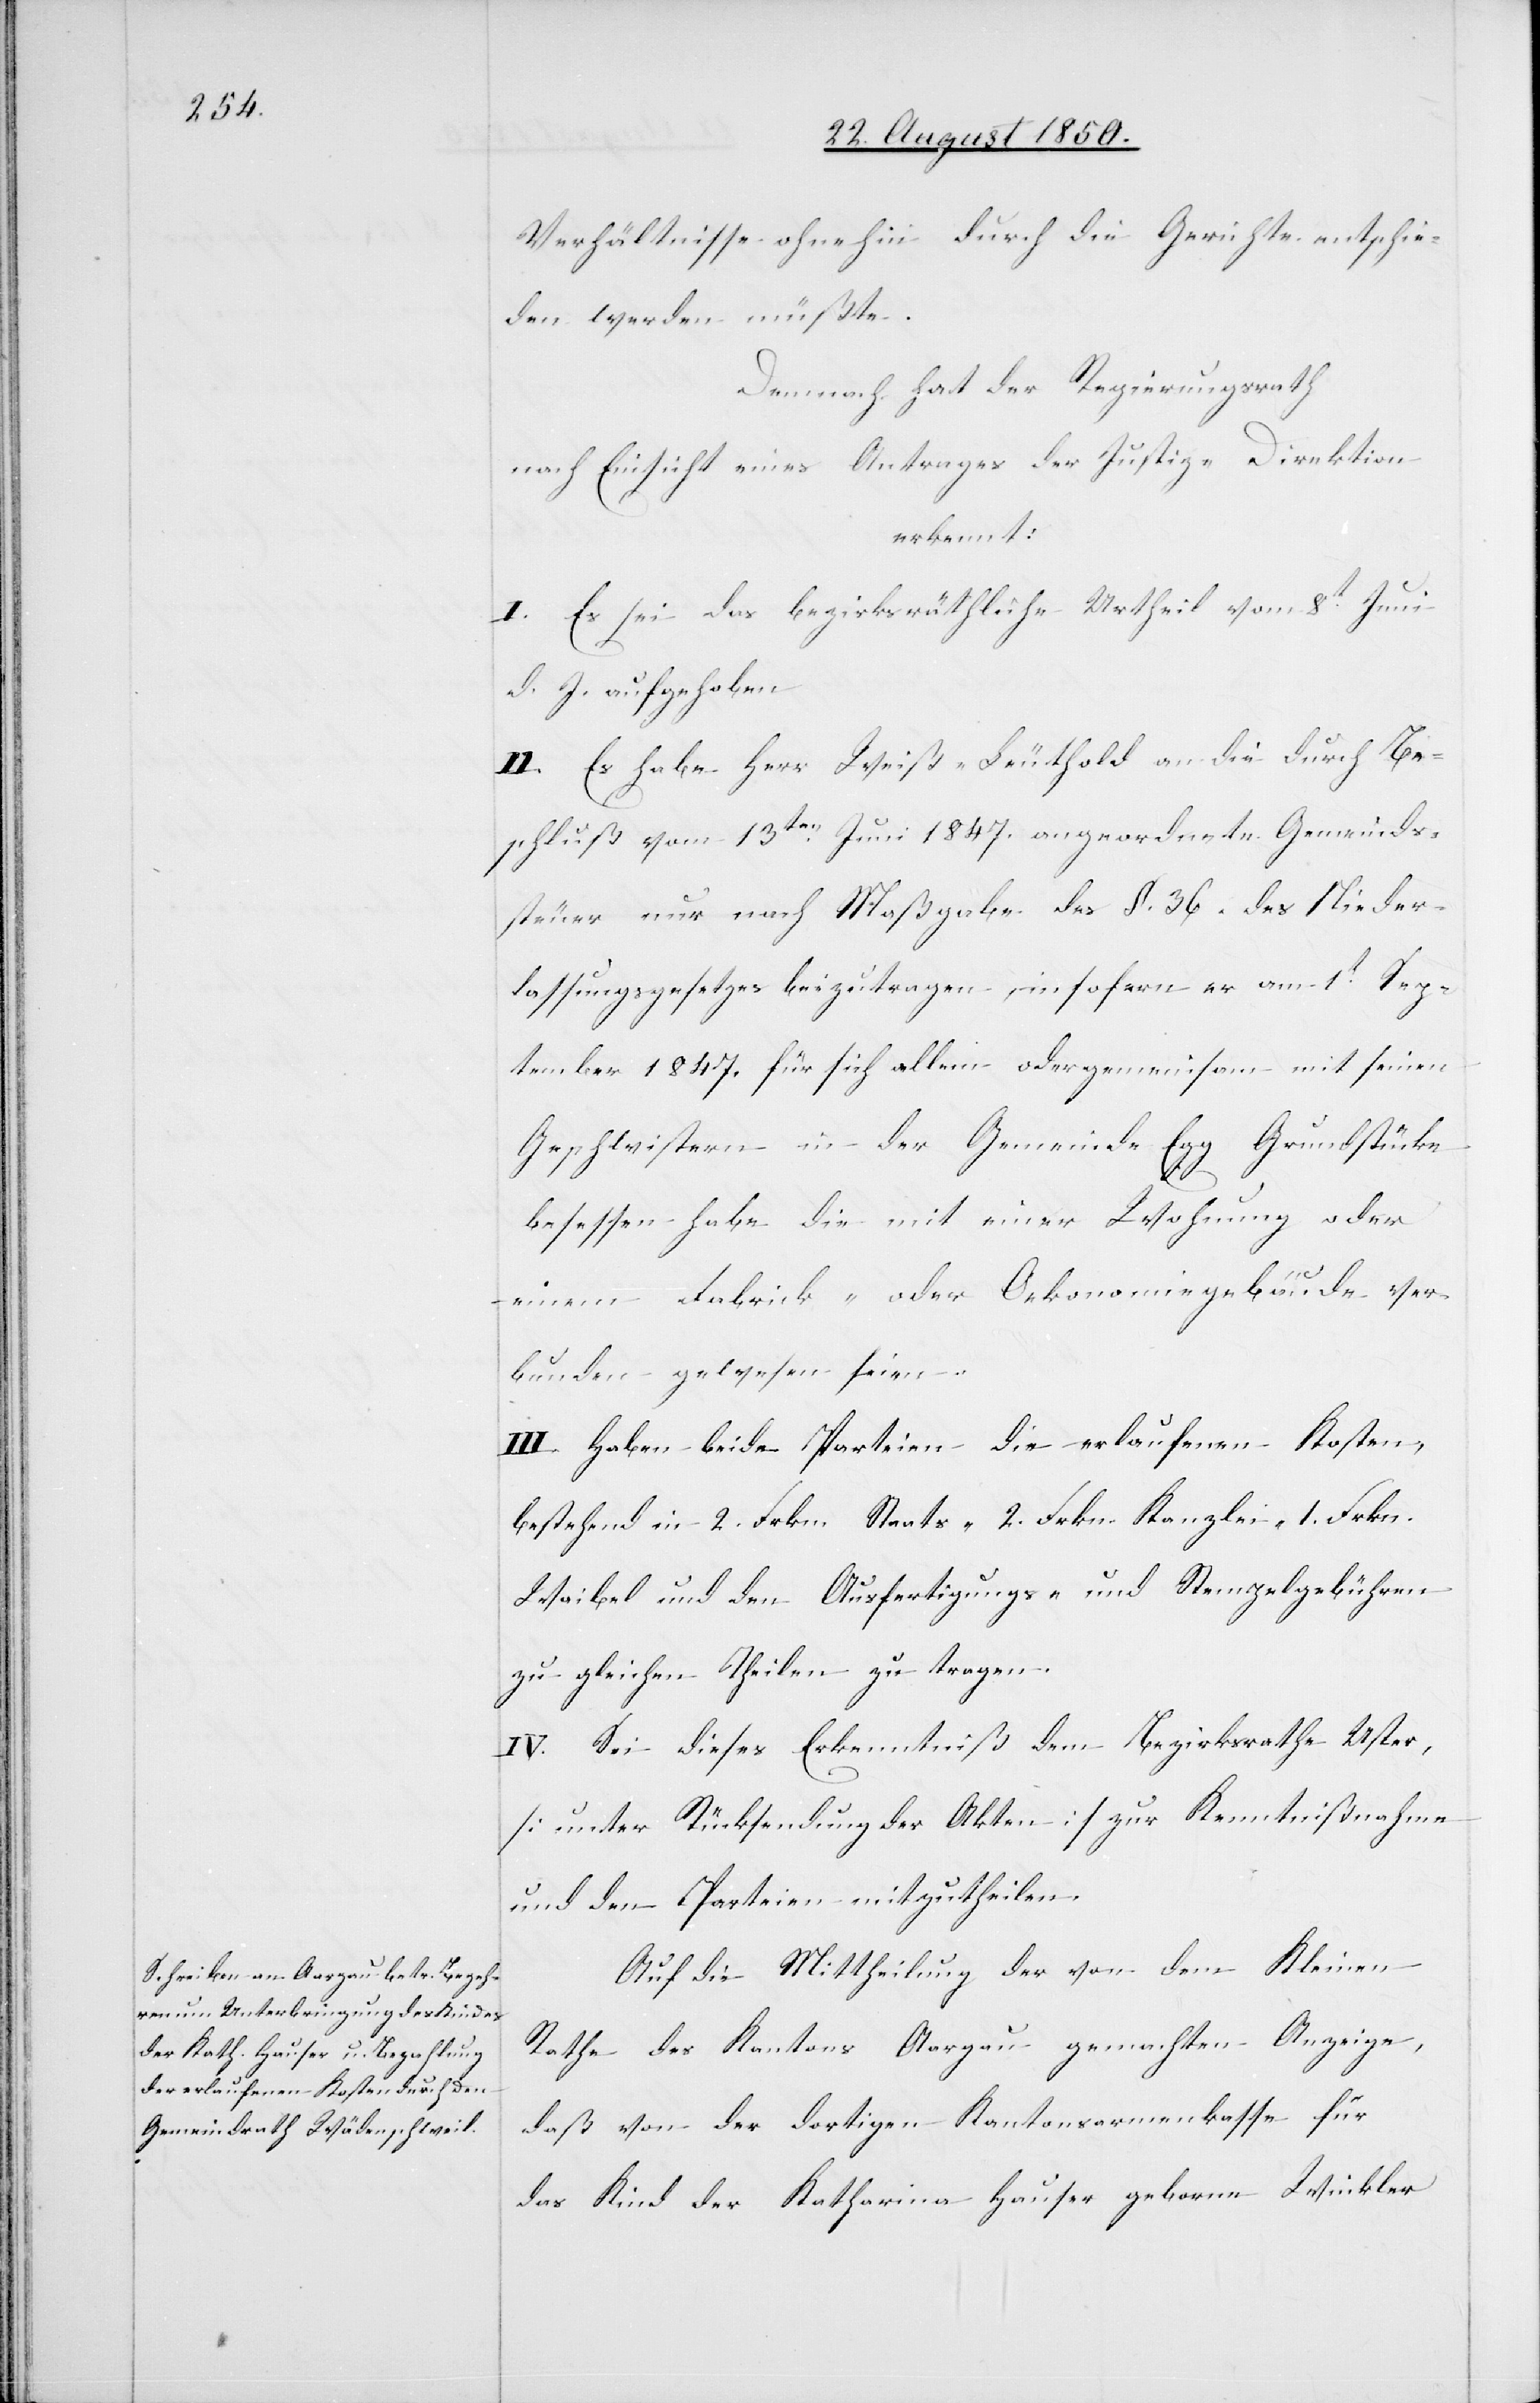
Verhältnisse ohnehin durch die Gerichte entschie¬
den werden müßte.
Demnach hat der Regierungsrath
nach Einsicht eines Antrages der Justiz-Direktion
erkennt.
I. Es sei das bezirksräthliche Urtheil vom 8t Juni
d. J. aufgehoben
II. Es habe Herr Weiß-Leuthold an die durch Be¬
schluß vom 13ten Juni 1847. angeordnete Gemeinds¬
steuer nur nach Maßgabe des §. 36. des Nieder¬
lassungsgesetzes beizutragen, insofern er am 1t Sep¬
tember 1847. für sich allein oder gemeinsam mit seinen
Geschwistern in der Gemeinde Egg Grundstücke
besessen habe die mit einer Wohnung oder
einem Fabrick- oder Oekonomiegebäude ver¬
bunden gewesen seien.
III. Haben beide Parteien die erlaufenen Kosten,
bestehend in 2. Frkn. Staats-[,] 2. Frkn. Kanzlei-[,] 1. Frkn.
Waibel und den Ausfertigungs- und Stempelgebühren
zu gleichen Theilen zu tragen.
IV. Sei dieses Erkenntniß dem Bezirksrathe Uster,
[unter Rücksendung der Akten] zur Kenntnißnahme
und den Parteien mitzutheilen.
Auf die Mittheilung der von dem Kleinen
Rathe des Kantons Aargau gemachten Anzeige,
daß von der dortigen Kantonsarmenkasse für
das Kind der Katharina Hauser geborne Winkler